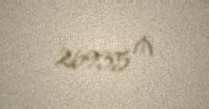
26935 ₼